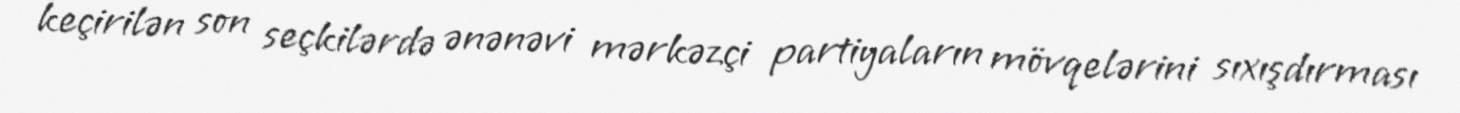
keçirilən son seçkilərdə ənənəvi mərkəzçi partiyaların mövqelərini sıxışdırması